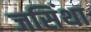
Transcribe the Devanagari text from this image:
जसिंथा